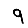
Digit: 9